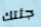
جثتك